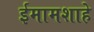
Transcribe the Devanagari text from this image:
ईमामशाहे